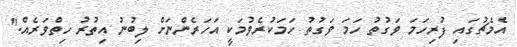
އެމެޗުގައި ފުރިހަމަ ވަގުތު ހަމަ ވަގުތު ހަމަކުރެވުމަކީ އަހަރެންނަށް ލިބުނު އިތުރު ހިތްވަރެއް."